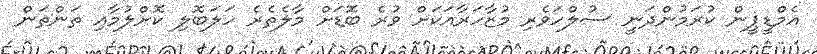
އެމްޑީޕީން ކުރަމުންދަނީ ސުލްހަވެރި މުޒާހަރާއަކަށް ވުރެ ބޮޑަށް މާލެތެރެ ހަލަބޮލި ކޮށްލުމާއި ތަންތަން